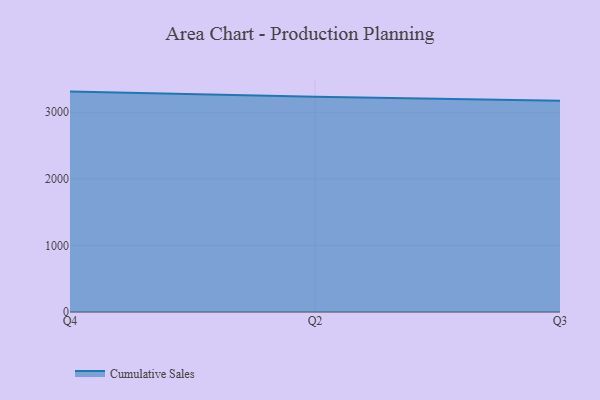
{"axis": {"x": "Quarter", "y": "Churn Rate (%)"}, "legend": ["Cumulative Sales"], "data": [{"x": "Q4", "y": 3310.4, "type": "Cumulative Sales"}, {"x": "Q2", "y": 3234.3, "type": "Cumulative Sales"}, {"x": "Q3", "y": 3174.4, "type": "Cumulative Sales"}]}